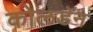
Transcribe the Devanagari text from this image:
कोलडॅन